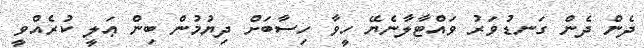
ދެން ދެން ގަނޑުވަރު ވައްޓާލާނެޔޭ ހީވާ ހިސާބަށް ދިޔުމުން ބިން ޢަލީ ކުރެއްވީ